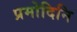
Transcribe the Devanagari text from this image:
प्रमोदिनि